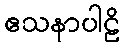
ဧသနာပါဠိ